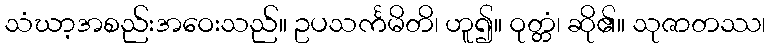
သံဃာ့အစည်းအဝေးသည်။ ဥပသင်္ကမိတိ၊ ဟူ၍။ ဝုတ္တံ၊ ဆို၏။ သုဇာတဿ၊